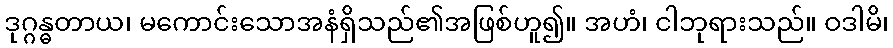
ဒုဂ္ဂန္ဓတာယ၊ မကောင်းသောအနံရှိသည်၏အဖြစ်ဟူ၍။ အဟံ၊ ငါဘုရားသည်။ ဝဒါမိ၊